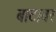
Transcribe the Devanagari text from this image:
बाटावर